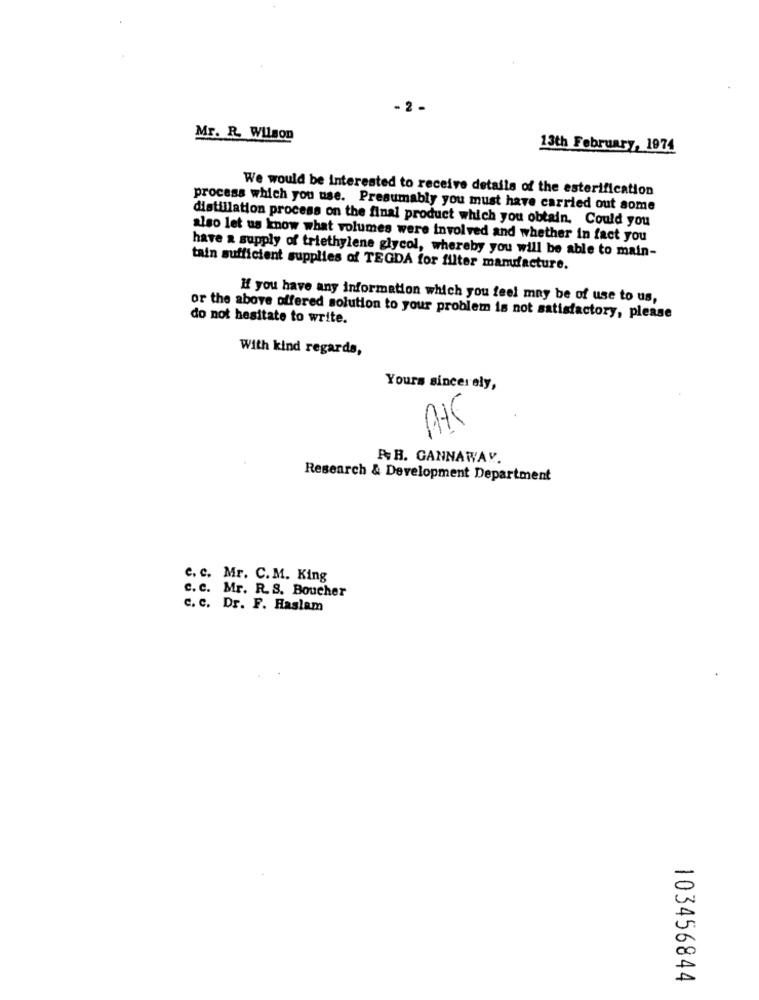
-2 .
Mr. R. Wilson
13th February, 1974
We would be interested to receive details of the esterification
process which you use. Presumably you must have carried out some
distillation process on the final product which you obtain. Could you
also let us know what volumes were involved and whether in fact you
have a supply of triethylene glycol, whereby you will be able to main-
tain sufficient supplies of TEGDA for filter mamdacture.
If you have any information which you feel may be of use to us,
or the above offered solution to your problem is not satisfactory, please
do not hesitate to write.
With kind regards,
Yours sincer ely,
PB. GANNAWAY.
Research & Development Department
c. c. Mr. C.M. King
c. c. Mr. R.S. Boucher
c. c. Dr. F. Haslam
-
x
103456844